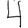
Digit: 4